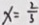
x = \frac { 2 } { 3 }